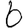
Digit: 6